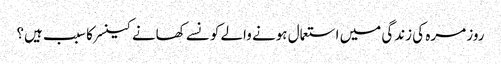
روز مرہ کی زندگی میں استعمال ہونے والے کونسے کھانے کینسر کا سبب ہیں؟